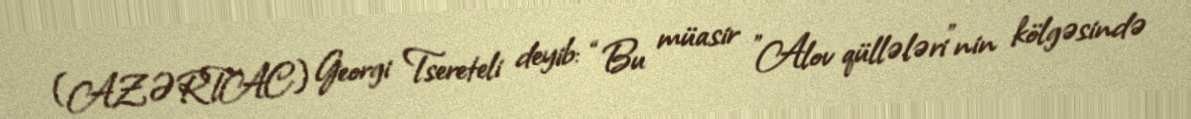
(AZƏRTAC) Georgi Tsereteli deyib: “Bu müasir ”Alov qüllələri"nin kölgəsində